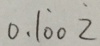
0 . 1 \dot { 0 } 0 \dot { 2 }